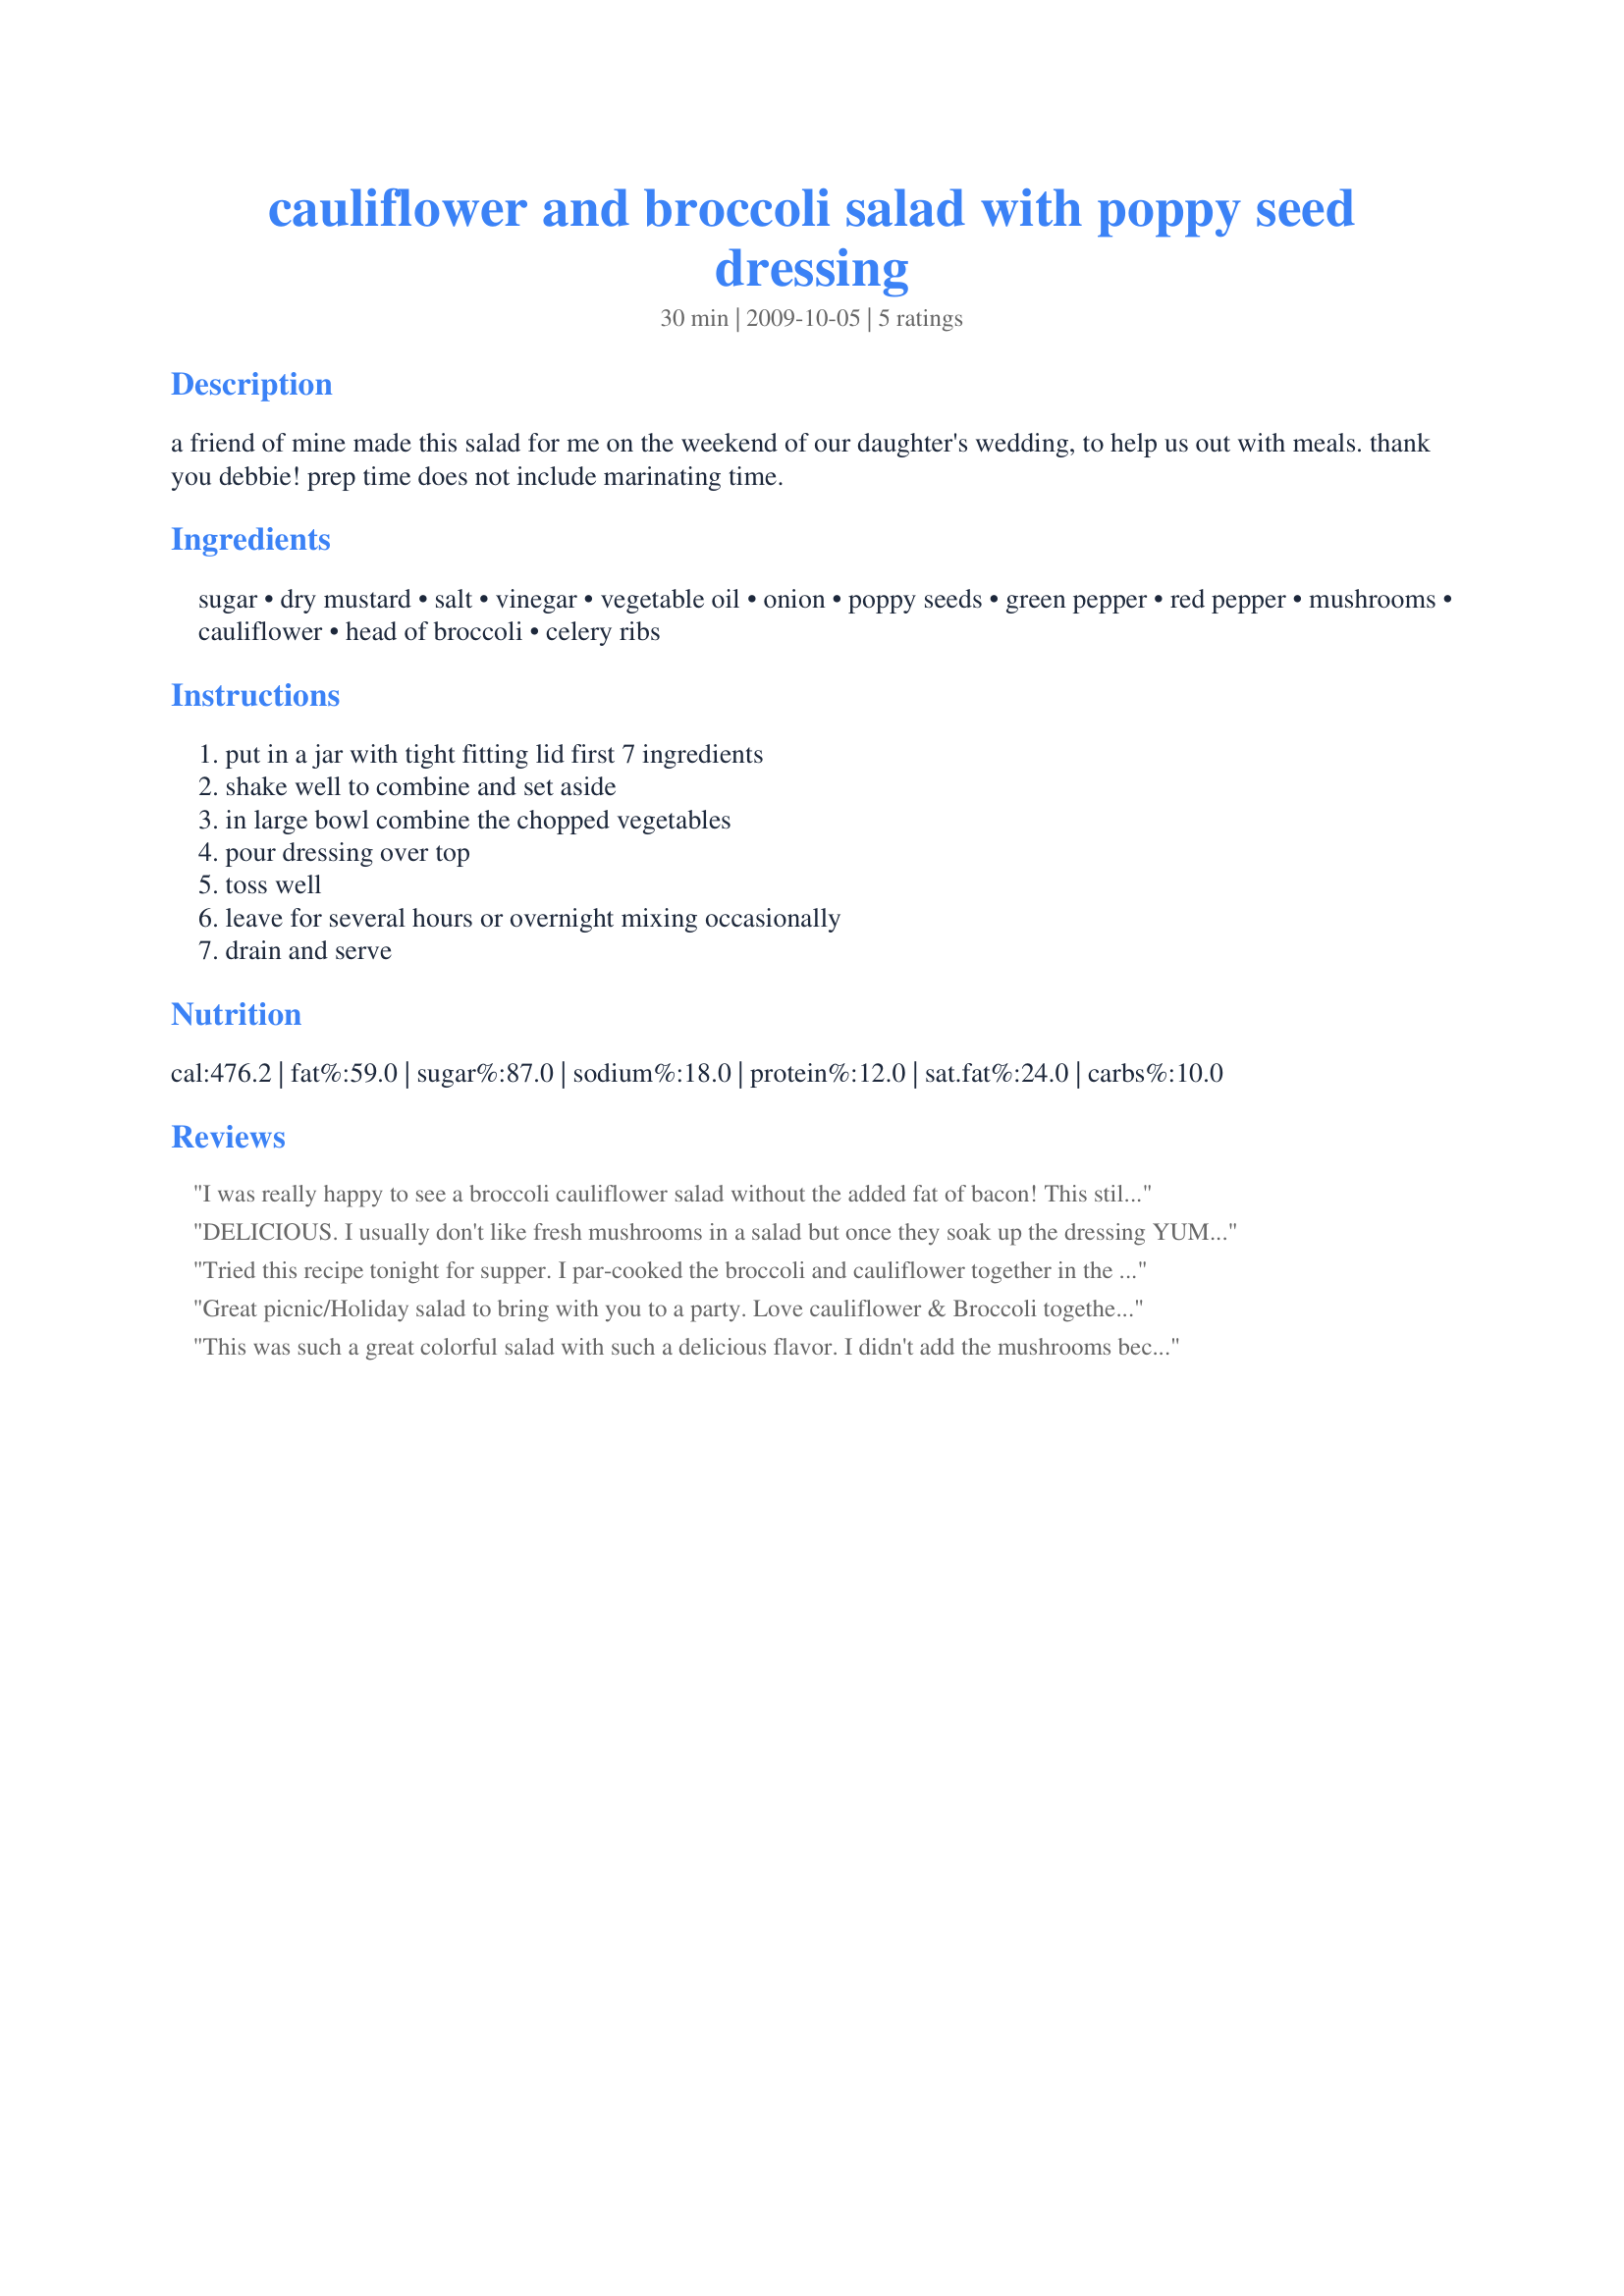
cauliflower and broccoli salad with poppy seed dressing
Preparation time: 30 minutes

a friend of mine made this salad for me on the weekend of our daughter's wedding, to help us out with meals. thank you debbie!
prep time does not include marinating time.

Ingredients:
sugar, dry mustard, salt, vinegar, vegetable oil, onion, poppy seeds, green pepper, red pepper, mushrooms, cauliflower, head of broccoli, celery ribs

Steps:
put in a jar with tight fitting lid first 7 ingredients, shake well to combine and set aside, in large bowl combine the chopped vegetables, pour dressing over top, toss well, leave for several hours or overnight mixing occasionally, drain and serve

Reviews:
I was really happy to see a broccoli cauliflower salad without the added fat of bacon! This still had enough fat, but at least I felt better about it! I followed the recipe exactly, but left the celery out because I didn't have anymore room in my mixing bowl :)! Thanks for sharing a yummy recipe!
DELICIOUS.
I usually don't like fresh mushrooms in a salad but once they soak up the dressing YUM.
I cut back on the recipe to use up partial heads of broc and cauliflower . What an awesome way to use them up.I skipped th green pepper we don't care for it.
I did not drain the dressing.
Made for Everyday is a Holiday tag 
KEEPER recipe
Tried this recipe tonight for supper. I par-cooked the broccoli and cauliflower together in the microwave for 2 min. then plunged into an ice bath to stop the cooking process (simply because I prefer these veggies tender-crisp rather then raw). I also added some chopped baby bok choy greens because I had them in the fridge. Used a store bought lemon-poppy seed dressing and then chilled the salad for a couple of hours before serving. It was delicious and we both had seconds.
Great picnic/Holiday salad to bring with you to a party. Love cauliflower & Broccoli together. I will use a little less sugar next time, but love the vinegar contrast and the yummy poppy seed! Added a yellow pepper. Very colorful. Thanks for the recipe!
This was such a great colorful salad with such a delicious flavor. I didn't add the mushrooms because I couldn't find mine. I know I bought them but they weren't in my fridge. Another item left at the grocery store counter. I also used red peppers and orange peppers, don't care for the green ones. I was skeptical with all that sugar but it turned into a delicious salad. In the morning when plating it I just used a slotted spoon. Had it with some boiled eggs and some leftover cold cuts. Was a perfect lunch. Thanks for sharing Lori Mama. Made for Holiday Tag '09
